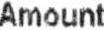
AMOUNT